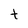
Character: t